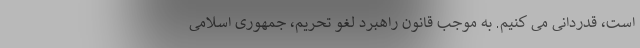
است، قدردانی می کنیم. به موجب قانون راهبرد لغو تحریم، جمهوری اسلامی